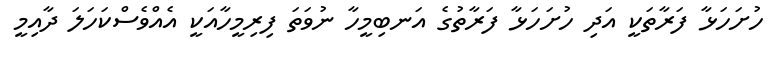
ހުށަހަޅާ ފަރާތަކީ އަދި ހުށަހަޅާ ފަރާތުގެ އަނބިމީހާ ނުވަތަ ފިރިމީހާއަކީ އެއްވެސްކަހަލަ ދާއިމީ